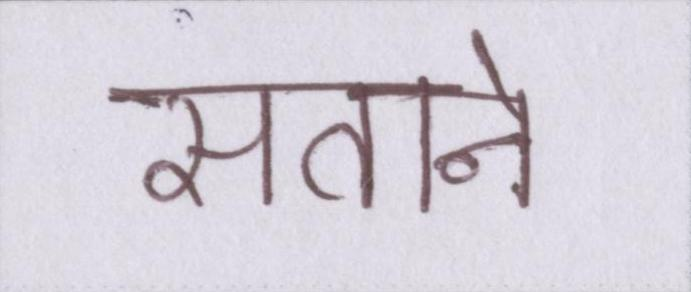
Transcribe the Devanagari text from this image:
सताने